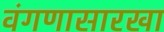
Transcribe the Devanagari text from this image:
वंगणासारखा